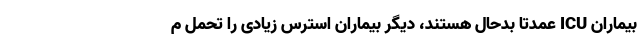
بیماران ICU عمدتا بدحال هستند، دیگر بیماران استرس زیادی را تحمل م